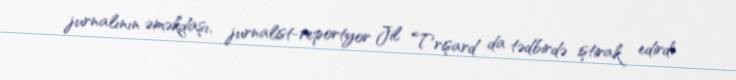
jurnalının əməkdaşı, jurnalist-reportyor Jil Trişard da tədbirdə iştirak edirdi